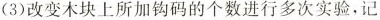
(3)改变木块上所加钩码的个数进行多次实验。记